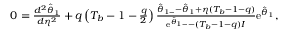
\begin{array} { r } { 0 = \frac { d ^ { 2 } \hat { \theta } _ { 1 } } { d \eta ^ { 2 } } + q \left( T _ { b } - 1 - \frac { q } { 2 } \right) \frac { \hat { \theta } _ { 1 - } - \hat { \theta } _ { 1 } + \eta ( T _ { b } - 1 - q ) } { \mathrm { e } ^ { \hat { \theta } _ { 1 - } } - ( T _ { b } - 1 - q ) I } \mathrm { e } ^ { \hat { \theta } _ { 1 } } , } \end{array}